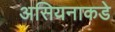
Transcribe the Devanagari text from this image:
असियनाकडे